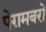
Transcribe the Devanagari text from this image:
पेग़मबरों